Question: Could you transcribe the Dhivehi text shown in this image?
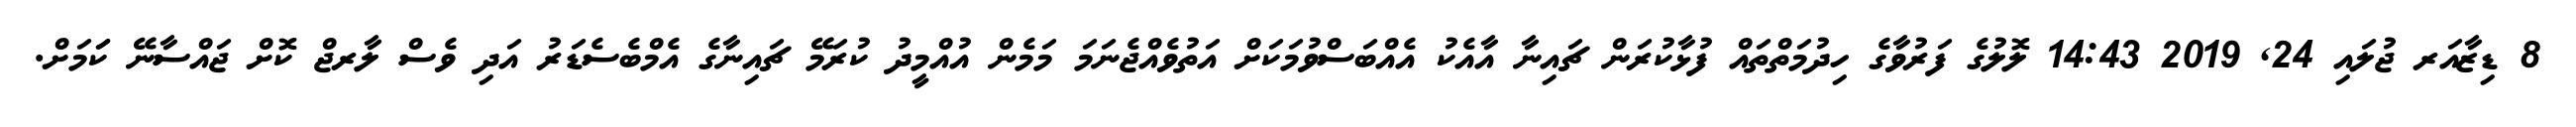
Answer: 8 ޑިޒާއަރ ޖުލައި 24, 2019 14:43 ލޮލުގެ ފަރުވާގެ ހިދުމަތްތައް ފުޅާކުރަން ޗައިނާ އާއެކު އެއްބަސްވުމަކަށް އަތުވެއްޖެނަމަ މަމެން އުއްމީދު ކުރަމޭ ޗައިނާގެ އެމްބެސެޑަރު އަދި ވެސް ލާރޖް ކޮށް ޖައްސާނޭ ކަަމަށް.